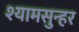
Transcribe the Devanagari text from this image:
श्यामसुन्हर